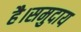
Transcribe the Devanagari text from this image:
है।समुदाय